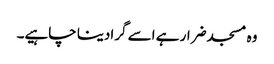
وہ مسجد ضرار ہے اسے گرادینا چاہیے۔